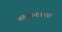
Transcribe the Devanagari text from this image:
नंदकुमारबुवा